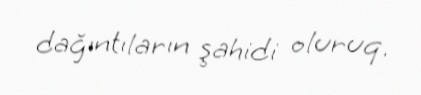
dağıntıların şahidi oluruq.